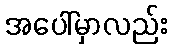
အပေါ်မှာလည်း